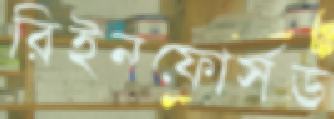
রিইনফোর্সড